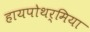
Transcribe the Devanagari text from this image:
हायपोथर्मिया